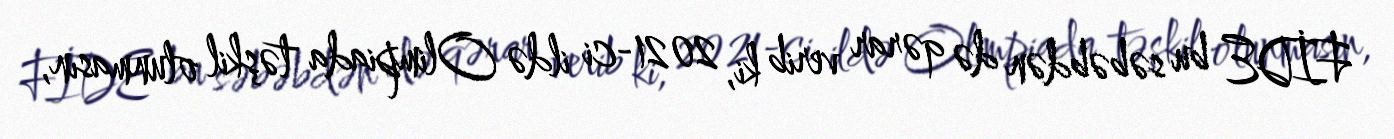
FİDE bu səbəbdən də qərar verib ki, 2021-ci ildə Olimpiada təşkil olunmasın,